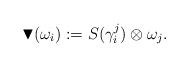
LaTeX: \begin{align*}\blacktriangledown (\omega_i):= S(\gamma_i^j ) \otimes \omega_j .\end{align*}